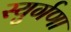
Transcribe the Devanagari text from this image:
स्युर्गणा